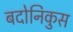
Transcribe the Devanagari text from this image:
बदोनिकुस